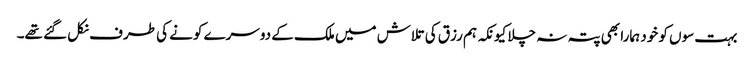
بہت سوں کو خود ہمارا بھی پتہ نہ چلا کیونکہ ہم رزق کی تلاش میں ملک کے دوسرے کونے کی طرف نکل گئے تھے۔